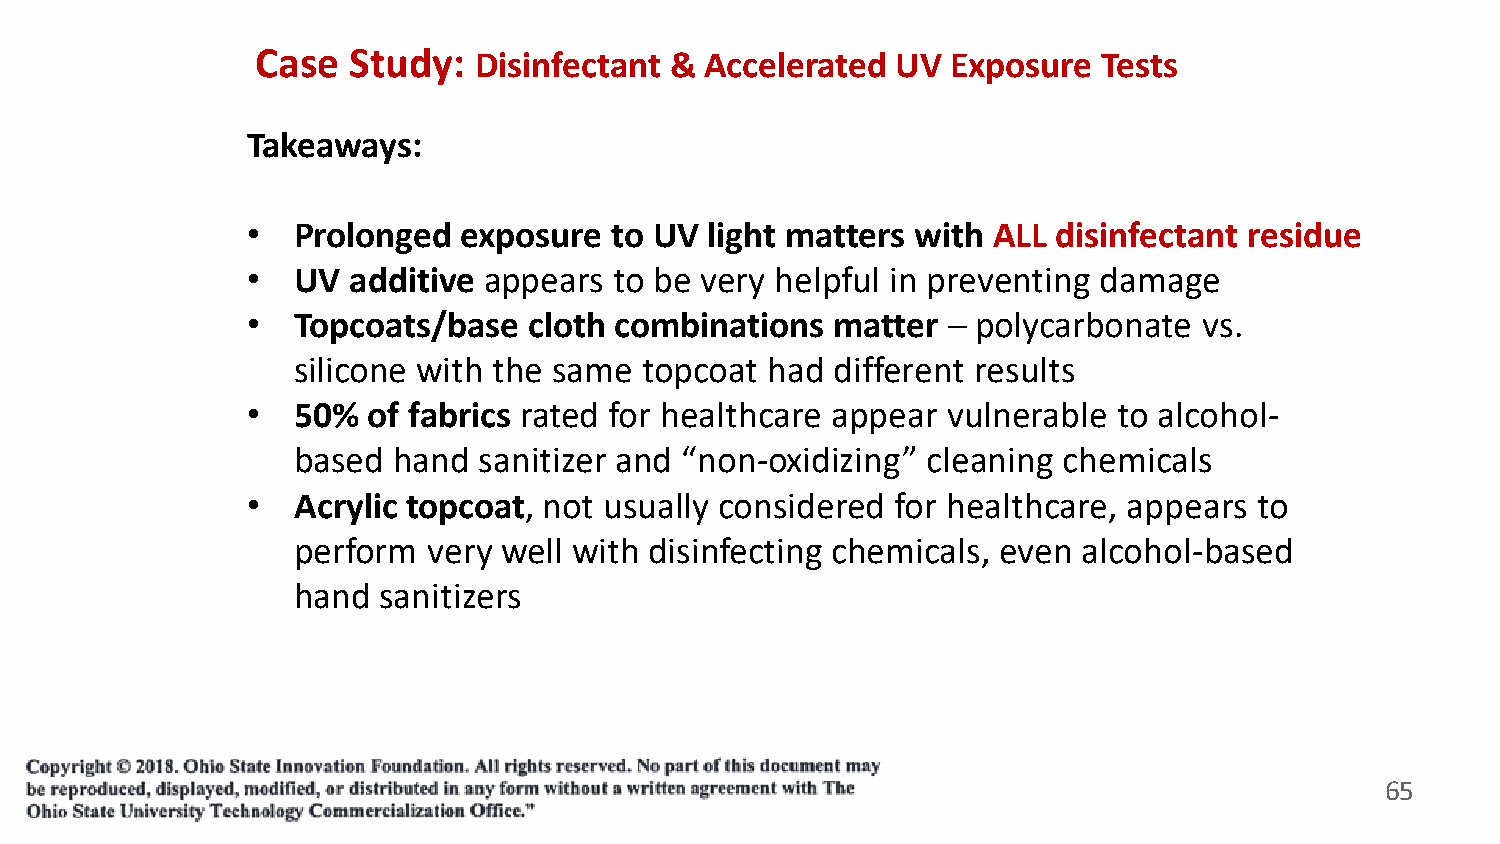
Case  Study:  Disinfectant &  Accelerated UV  Exposure  Tests
 Takeaways:
 •  Prolonged  exposure  to UV  light matters with ALL disinfectant residue
 •  UV  additive appears  to be very helpful in preventing damage
 •  Topcoats/base   cloth combinations  matter  – polycarbonate  vs.
 silicone with the same  topcoat had different results
 •  50%  of fabrics rated for healthcare appear vulnerable to alcohol-
 based  hand  sanitizer and “non-oxidizing” cleaning chemicals
 •  Acrylic topcoat, not usually considered for healthcare, appears to
 perform  very well with disinfecting chemicals, even alcohol-based
 hand  sanitizers
 65